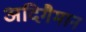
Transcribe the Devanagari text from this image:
अदिगैमान